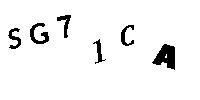
SG71CA